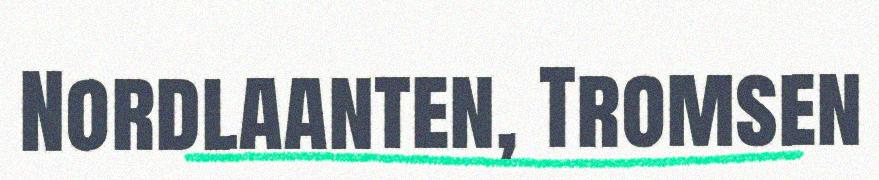
Nordlaanten, Tromsen